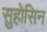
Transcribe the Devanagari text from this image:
सुहोसिन